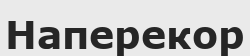
Наперекор